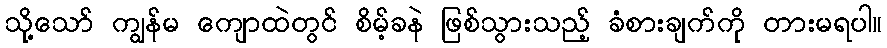
သို့သော် ကျွန်မ ကျောထဲတွင် စိမ့်ခနဲ ဖြစ်သွားသည့် ခံစားချက်ကို တားမရပါ။